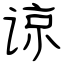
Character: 谅